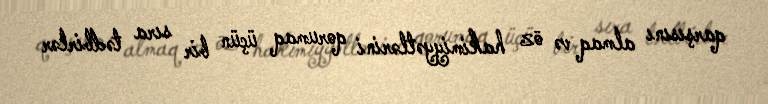
qarşısını almaq və öz hakimiyyətlərini qorumaq üçün bir sıra tədbirlər